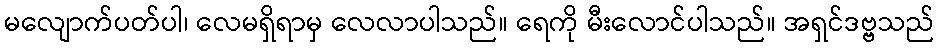
မလျောက်ပတ်ပါ၊ လေမရှိရာမှ လေလာပါသည်။ ရေကို မီးလောင်ပါသည်။ အရှင်ဒဗ္ဗသည်